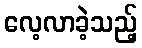
လေ့လာခဲ့သည့်